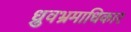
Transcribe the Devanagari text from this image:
ध्रुवभ्रमाधिकार